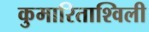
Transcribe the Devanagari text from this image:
कुमारिताश्विली